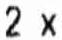
2 X